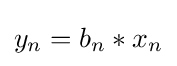
y_{n}=b_{n}*x_{n}